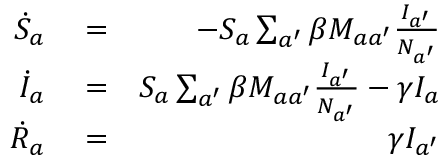
\begin{array} { r l r } { \dot { S } _ { a } } & { { } = } & { - S _ { a } \sum _ { a ^ { \prime } } \beta M _ { a a ^ { \prime } } \frac { I _ { a ^ { \prime } } } { N _ { a ^ { \prime } } } } \\ { \dot { I } _ { a } } & { { } = } & { S _ { a } \sum _ { a ^ { \prime } } \beta M _ { a a ^ { \prime } } \frac { I _ { a ^ { \prime } } } { N _ { a ^ { \prime } } } - \gamma I _ { a } } \\ { \dot { R } _ { a } } & { { } = } & { \gamma I _ { a ^ { \prime } } } \end{array}